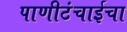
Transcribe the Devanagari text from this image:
पाणीटंचाईचा